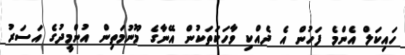
ހައިކަލް އެންމެ ފަހުން އެ ދެއްކި ވާހަކަތަކުން އޭނާގެ މޫނުމަތިން އުންމީދުގެ އަސަރު